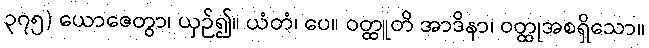
၃၇၅) ယောဇေတွာ၊ ယှဉ်၍။ ယံတံ၊ ပေ။ ဝတ္ထူတိ အာဒိနာ၊ ဝတ္ထုအစရှိသော။